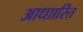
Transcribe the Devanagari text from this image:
आधाारित